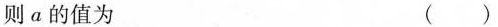
则α的值为 ()